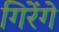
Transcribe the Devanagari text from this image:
गिरेंगे